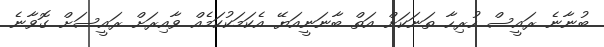
ބުނާނެ ރައީސް ހުރިހާ ތަނަކަށް އަތް ބާނަނީއަޔޭ އެކަމަކުކަމެއް ވާއިރަށް ރައީސަށް ގޮވާނެ